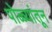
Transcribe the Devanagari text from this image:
पोळ्यांतून